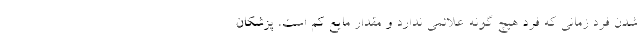
شدن فرد زمانی که فرد هیچ گونه علائمی ندارد و مقدار مایع کم است، پزشکان